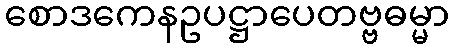
စောဒကေနဥပဋ္ဌာပေတဗ္ဗဓမ္မာ